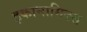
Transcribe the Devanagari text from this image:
इकानामिक्स